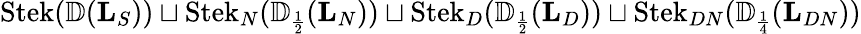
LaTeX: \operatorname{Stek}({\mathbb{D}}(\mathbf L_{S}))\sqcup\operatorname{Stek}_{N}({\mathbb{D}}_{\scriptscriptstyle{\frac{1}{2}}}(\mathbf L_{N}))\sqcup\operatorname{Stek}_{D}({\mathbb{D}}_{\scriptscriptstyle{\frac{1}{2}}}(\mathbf L_{D}))\sqcup\operatorname{Stek}_{DN}({\mathbb{D}}_{\scriptscriptstyle{\frac{1}{4}}}(\mathbf L_{DN}))